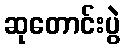
ဆုတောင်းပွဲ